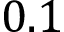
0 . 1